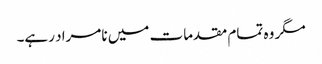
مگر وہ تمام مقدمات میں نامراد رہے۔